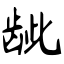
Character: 龇